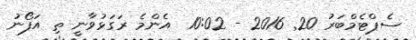
ސެޕްޓެމްބަރު 20